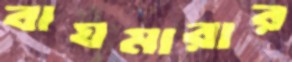
বাঘমারার